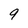
Character: 9